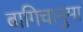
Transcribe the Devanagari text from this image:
बागिचानुमा